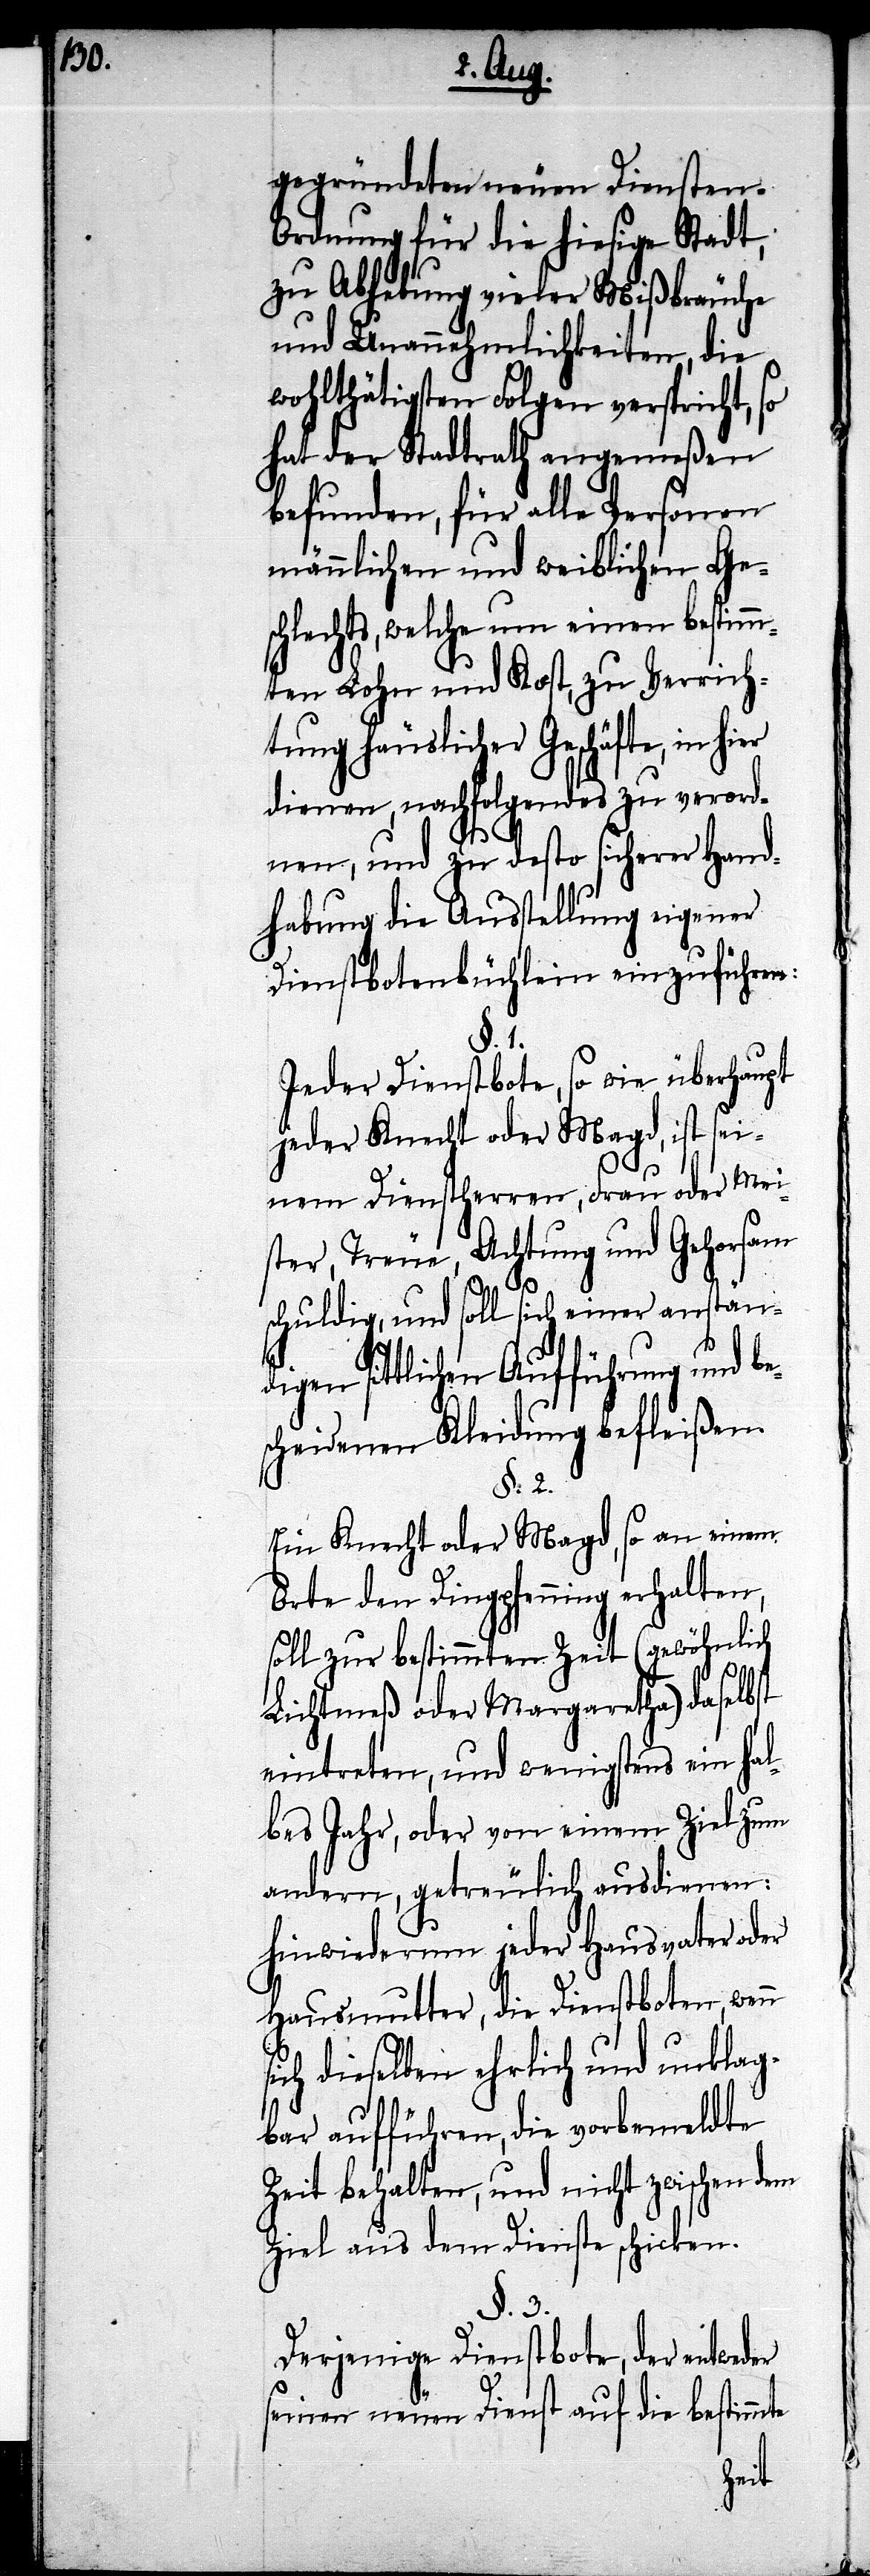
gegründeten neuen Diensten-O¬
rdnung für die hiesige Stadt,
zu Abhebung vieler Mißbräuche
und Unannehmlichkeiten, die
wohltätigsten Folgen verspricht, so
hat der Stadtrath angemeßen
befunden, für alle Personen
männlichen und weiblichen Ges¬
chlechts, welche um einen bestimm¬
ten Lohn und Kost, zu Verrich¬
tung häuslicher Geschäfte, in
dienen, nachfolgendes zu verord¬
s¬
nen, und zu desto sicherer Hand¬
habung die Ausstellung eigener
Dienstbotenbüchlein einzuführen:
§. 1.
Jeder Dienstbote, so wie überhaupt
jeder Knecht oder Magd, ist sei¬
nem Dienstherren, Frau oder Mei¬
ster, Treue, Achtung und Gehorsam
schuldig, und soll sich einer anständi¬
gen sittlichen Aufführung und be¬
scheidenen Kleidung befleißen.
§. 2.
Ein Knecht oder Magd, so an einem
Orte den Dingpfenning erhalten,
soll zur bestimmten Zeit (gewöhnlich
Lichtmeß oder Margaretha) daselbst
eintreten, und wenigstens ein hal¬
bes Jahr oder von einem Ziel zum
andern, getreulich ausdienen:
hinwiederum jeder Hausvater oder
Hausmutter, die Dienstboten, wenn
ich dieselben ehrlich und unklag¬
bar aufführen, die vorbemeldte
Zeit behalten, und nicht zwischen dem
Ziel aus dem Dienste schicken.
§. 3.
Derjenige Dienstbote, der entweder
seinen neuen Dienst auf die bestimmte